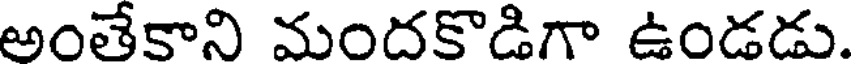
అంతేకాని మందకొడిగా ఉండడు.